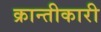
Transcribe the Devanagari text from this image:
क्रान्तीकारी